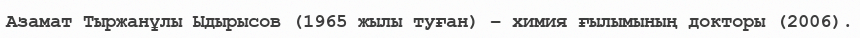
Азамат Тыржанұлы Ыдырысов (1965 жылы туған) – химия ғылымының докторы (2006).